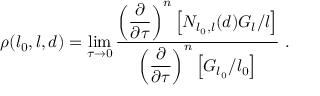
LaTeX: \rho ( l _ { 0 } , l , d ) = \operatorname * { l i m } _ { \tau \to 0 } { \frac { \displaystyle { \left( { \frac { \partial } { \partial \tau } } \right) ^ { n } \left[ N _ { l _ { 0 } , l } ( d ) G _ { l } / l \right] } } { \displaystyle { \left( { \frac { \partial } { \partial \tau } } \right) ^ { n } \left[ G _ { l _ { 0 } } / l _ { 0 } \right] } } } \ .